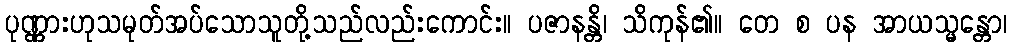
ပုဏ္ဏားဟုသမုတ်အပ်သောသူတို့သည်လည်းကောင်း။ ပဇာနန္တိ၊ သိကုန်၏။ တေ စ ပန အာယသ္မန္တော၊